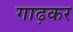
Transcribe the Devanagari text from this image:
गाढ़कर